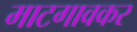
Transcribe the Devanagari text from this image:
माटगावकर